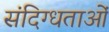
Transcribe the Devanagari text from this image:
संदिग्धताओं